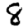
Digit: 8